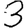
Digit: 3